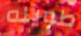
طويله